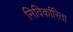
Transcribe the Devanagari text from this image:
निविर्कारिता